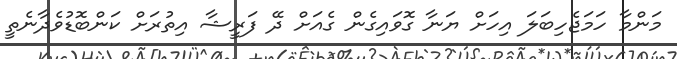
މަންމާ ހަމަޖެހިބަލަ އިހަށް ޔަނާ ގޮވައިގެން ގެއަށް ދޭ ފަރީޝާ އިތުރަށް ކަންބޮޑުވެދާނެތީ